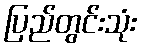
ပြည်တွင်းသုံး